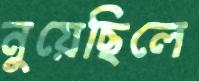
নুয়েছিলে